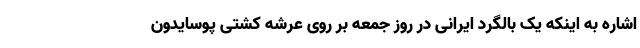
اشاره به اینکه یک بالگرد ایرانی در روز جمعه بر روی عرشه کشتی پوسایدون